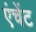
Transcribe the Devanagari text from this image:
एंचेंट